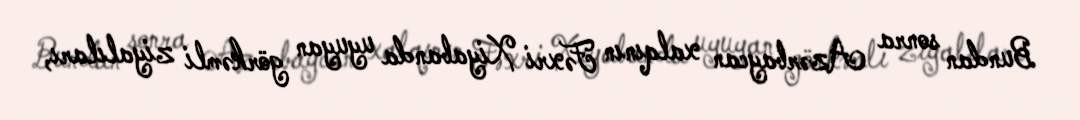
Bundan sonra Azərbaycan xalqının Fəxri Xiyabanda uyuyan görkəmli ziyalıları,